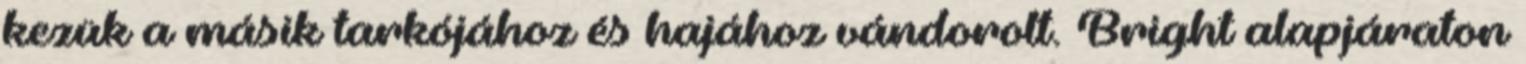
kezük a másik tarkójához és hajához vándorolt. Bright alapjáraton